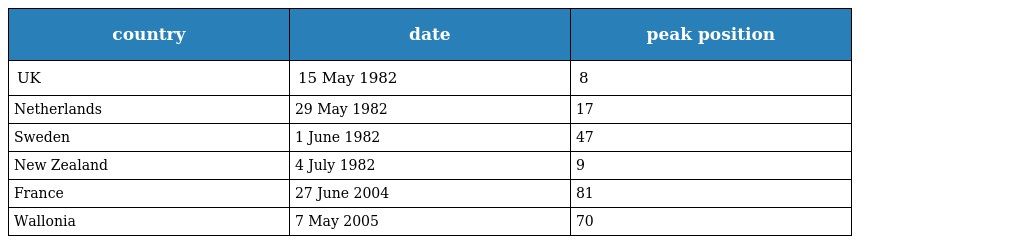
| country | date | peak position |
 | --- | --- | --- |
 | UK | 15 May 1982 | 8 |
 | Netherlands | 29 May 1982 | 17 |
 | Sweden | 1 June 1982 | 47 |
 | New Zealand | 4 July 1982 | 9 |
 | France | 27 June 2004 | 81 |
 | Wallonia | 7 May 2005 | 70 |